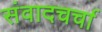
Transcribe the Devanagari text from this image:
संवादचर्चा